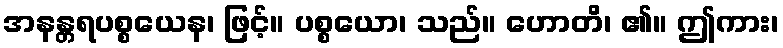
အနန္တရပစ္စယေန၊ ဖြင့်။ ပစ္စယော၊ သည်။ ဟောတိ၊ ၏။ ဤကား၊